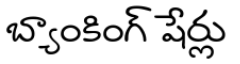
బ్యాంకింగ్ షేర్లు